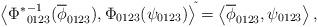
LaTeX: \begin{align*}{\left<{\Phi^\ast}^{-1}_{0123}(\overline{\phi}_{0123}), \Phi_{0123}(\psi_{0123})\right>}^{\tilde{}} =\left<\overline{\phi}_{0123},\psi_{0123}\right>,\end{align*}